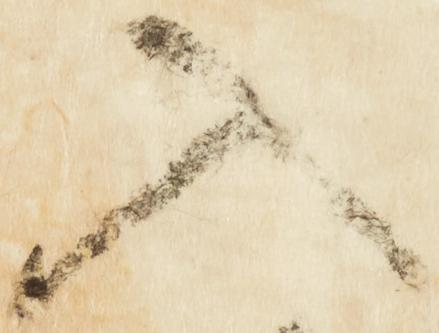
入